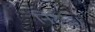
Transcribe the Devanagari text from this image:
निरुद्ध।